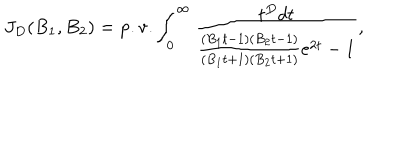
J _ { D } ( B _ { 1 } , B _ { 2 } ) = \mathrm { p . v . } \int _ { 0 } ^ { \infty } \frac { t ^ { D } d t } { \frac { ( B _ { 1 } t - 1 ) ( B _ { 2 } t - 1 ) } { ( B _ { 1 } t + 1 ) ( B _ { 2 } t + 1 ) } e ^ { 2 t } - 1 } ,